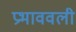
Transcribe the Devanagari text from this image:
प्रभाववली